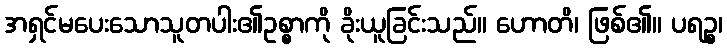
အရှင်မပေးသောသူတပါး၏ဥစ္စာကို ခိုးယူခြင်းသည်။ ဟောတိ၊ ဖြစ်၏။ ပရဉ္စ၊